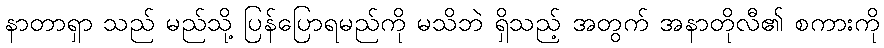
နာတာရှာ သည် မည်သို့ ပြန်ပြောရမည်ကို မသိဘဲ ရှိသည့် အတွက် အနာတိုလီ၏ စကားကို